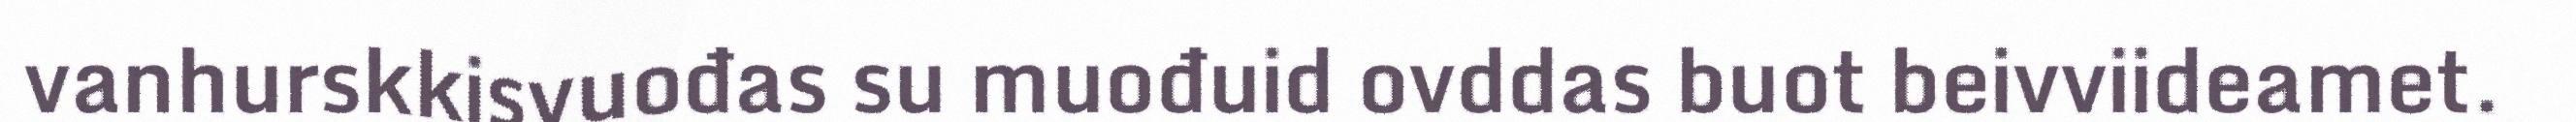
vanhurskkisvuođas su muođuid ovddas buot beivviideamet.